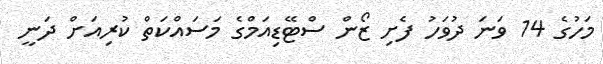
މަހުގެ 14 ވަނަ ދުވަހު ފެށި ޒޯން ސްޓޭޑިއަމްގެ މަސައްކަތް ކުރިއަށް ދަނީ